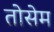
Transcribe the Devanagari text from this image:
तोसेम